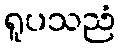
ရူပသညံ